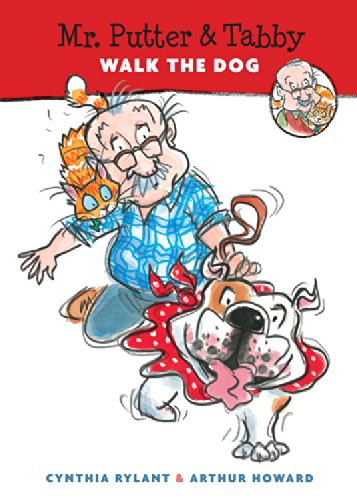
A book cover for Mr. Putter & Tabby Walk the Dog; Cynthia Rylant; Children's Books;